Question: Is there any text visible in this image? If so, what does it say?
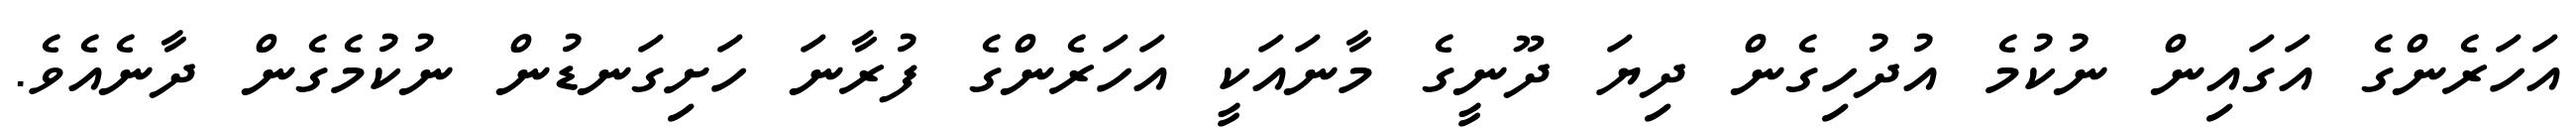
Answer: އަހަރެންގެ އަގައިން ނުކުމެ އުދުހިގެން ދިޔަ ދޫނީގެ މާނައަކީ އަހަރެންގެ ފުރާނަ ހަށިގަނޑުން ނުކުމެގެން ދާނެއެވެ.